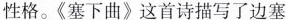
性格。《塞下曲》这首诗描写了边塞